Scottish Leaving Certificate Examination, 1958
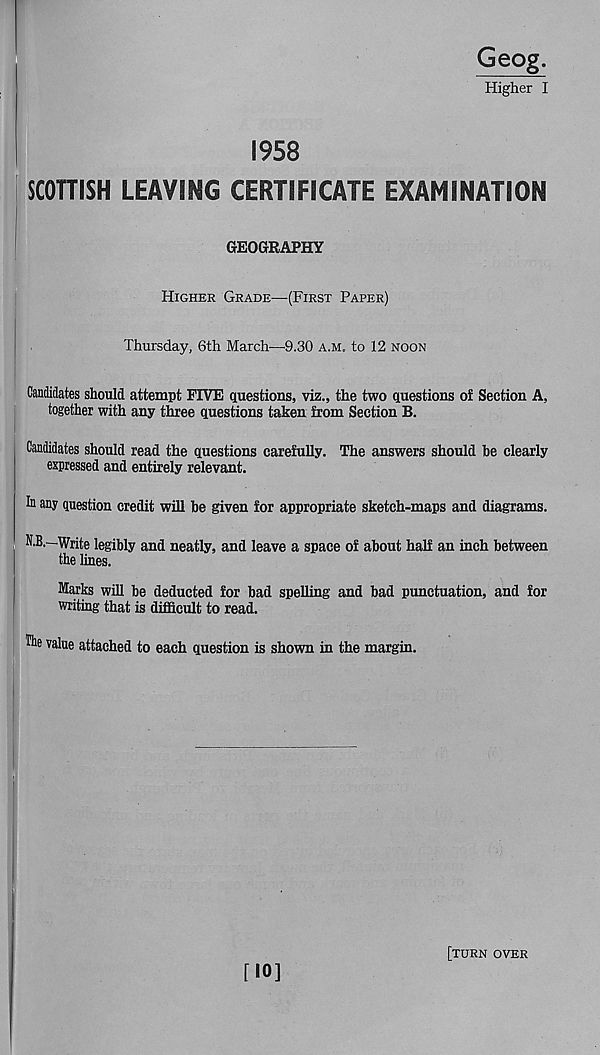
Geog.
Higher I
1958
SCOTTISH LEAVING CERTIFICATE EXAMINATION
GEOGRAPHY
Higher Grade—(First Paper)
Thursday, 6th March—0.30 a.m. to 12 noon
Candidates should attempt FIVE questions, viz., the two questions of Section A,
together with any three questions taken from Section B.
Candidates should read the questions carefully. The answers should be clearly
expressed and entirely relevant.
In any question credit will be given for appropriate sketch-maps and diagrams.
N.B.—Write legibly and neatly, and leave a space of about half an inch between
the lines.
Marks will be deducted for bad spelling and bad punctuation, and for
writing that is difficult to read.
Ihe value attached to each question is shown in the margin.
[10]
[turn over